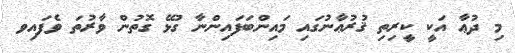
މި ދުޢާ އަކީ ކީރިތި ޤުރުޢާނުގައި މައިންބަފައިންނާ ގުޅޭ ގޮތުން ވާރުތަ ވެފައިވ